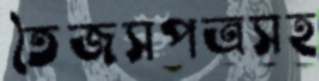
তৈজসপত্রসহ